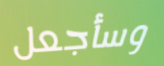
وسأجعل